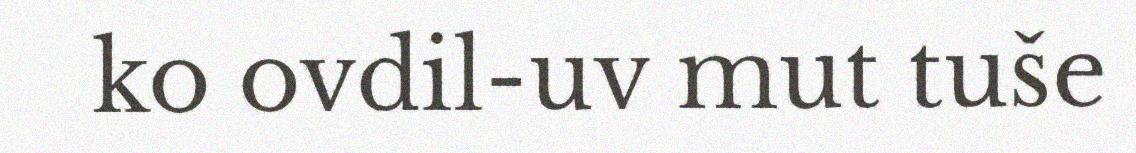
ko ovdil-uv mut tuše